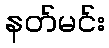
နတ်မင်း